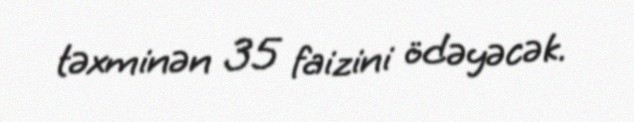
təxminən 35 faizini ödəyəcək.